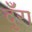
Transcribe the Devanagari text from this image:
दुँरा